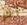
آخر